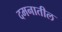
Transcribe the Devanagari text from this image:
दमनातील